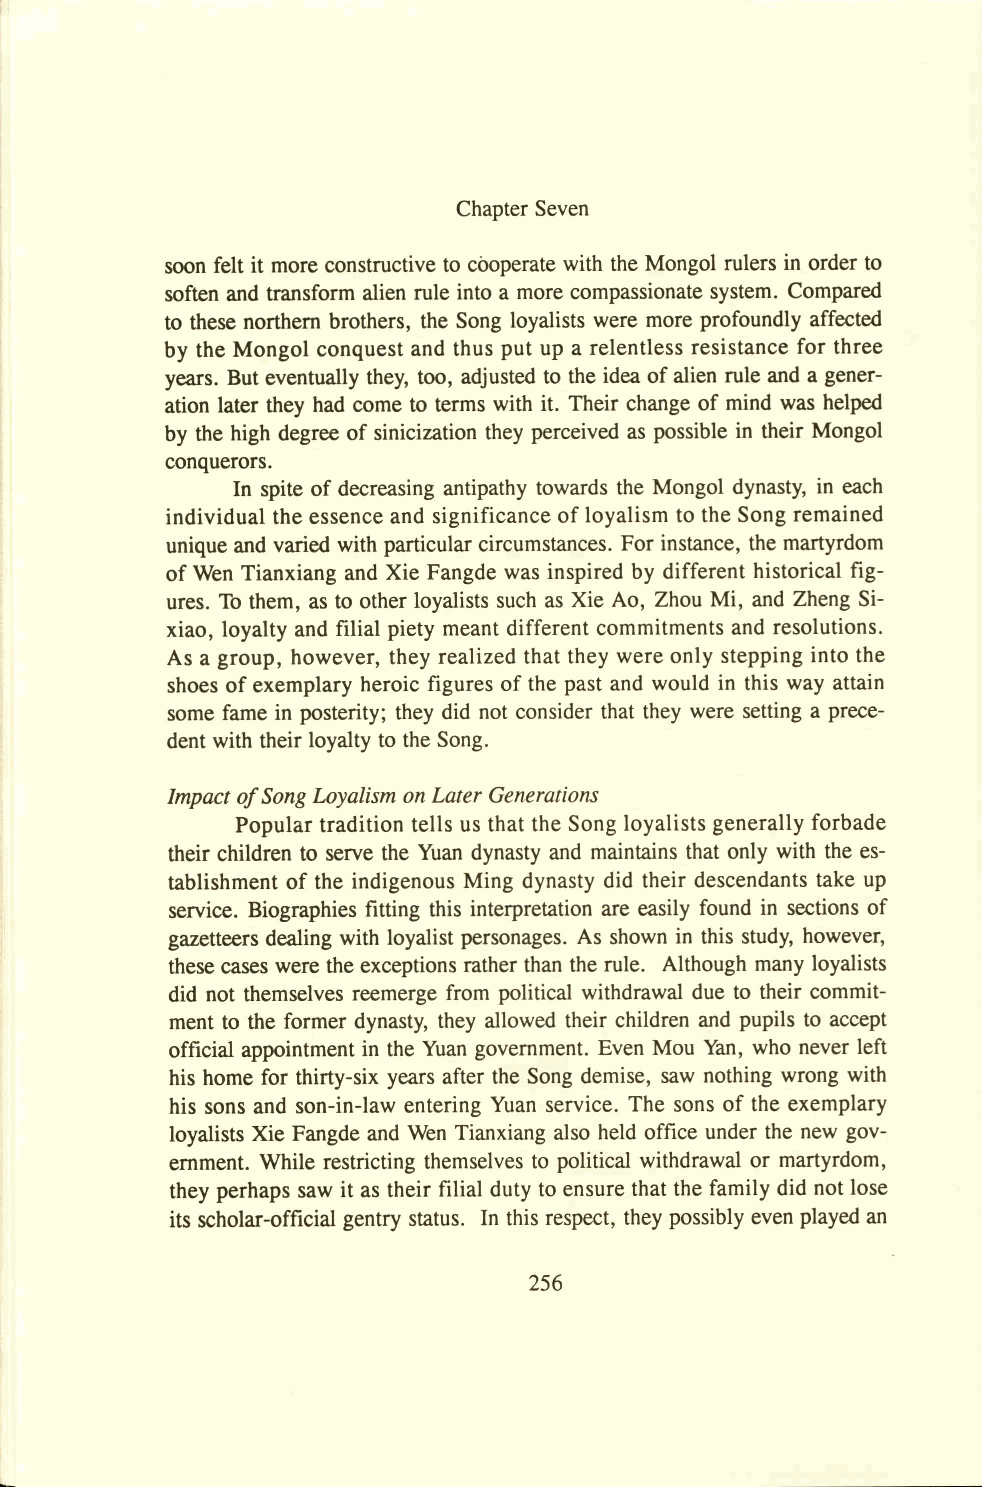
Chapter Seven
 soon felt it more constructive to cooperate with the Mongol rulers in order to
 soften and transform alien rule into a more compassionate system. Compared
 to these northern brothers, the Song loyalists were more profoundly affected
 by the Mongol conquest and thus put up a relentless resistance for three
 years. But eventually they, too, adjusted to the idea of alien rule and a gener­
 ation later they had come to terms with it. Their change of mind was helped
 by the high degree of sinicization they perceived as possible in their Mongol
 conquerors.
 In spite of decreasing antipathy towards the Mongol dynasty, in each
 individual the essence and significance of loyalism to the Song remained
 unique and varied with particular circumstances. For instance, the martyrdom
 of Wen Tianxiang and Xie Fangde was inspired by different historical fig­
 ures. To them, as to other loyalists such as Xie Ao, Zhou Mi, and Zheng Si-
 xiao, loyalty and filial piety meant different commitments and resolutions.
 As a group, however, they realized that they were only stepping into the
 shoes of exemplary heroic figures of the past and would in this way attain
 some fame in posterity; they did not consider that they were setting a prece­
 dent with their loyalty to the Song.
 Impact of Song Loyalism on Later Generations
 Popular tradition tells us that the Song loyalists generally forbade
 their children to serve the Yuan dynasty and maintains that only with the es­
 tablishment of the indigenous Ming dynasty did their descendants take up
 service. Biographies fitting this interpretation are easily found in sections of
 gazetteers dealing with loyalist personages. As shown in this study, however,
 these cases were the exceptions rather than the rule. Although many loyalists
 did not themselves reemerge from political withdrawal due to their commit­
 ment to the former dynasty, they allowed their children and pupils to accept
 official appointment in the Yuan government. Even Mou Yan, who never left
 his home for thirty-six years after the Song demise, saw nothing wrong with
 his sons and son-in-law entering Yuan service. The sons of the exemplary
 loyalists Xie Fangde and Wen Tianxiang also held office under the new gov­
 ernment. While restricting themselves to political withdrawal or martyrdom,
 they perhaps saw it as their filial duty to ensure that the family did not lose
 its scholar-official gentry status. In this respect, they possibly even played an
 256